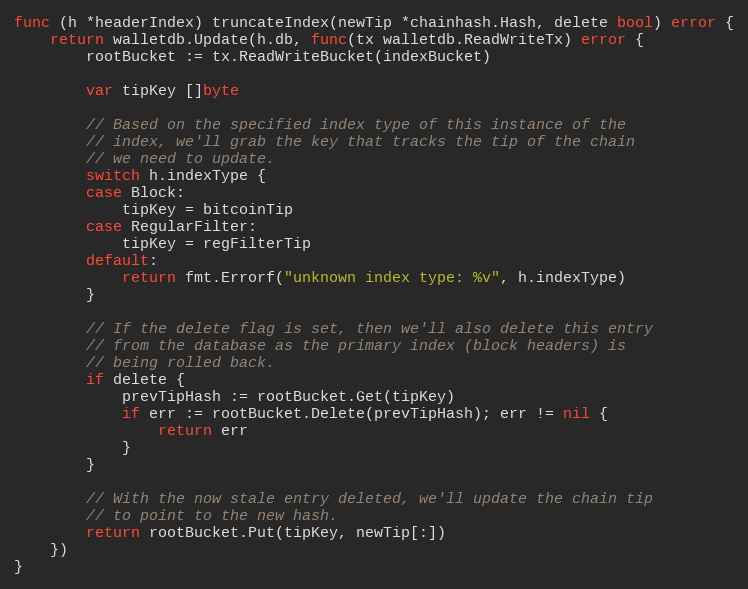
Language: Go
func (h *headerIndex) truncateIndex(newTip *chainhash.Hash, delete bool) error {
	return walletdb.Update(h.db, func(tx walletdb.ReadWriteTx) error {
		rootBucket := tx.ReadWriteBucket(indexBucket)

		var tipKey []byte

		// Based on the specified index type of this instance of the
		// index, we'll grab the key that tracks the tip of the chain
		// we need to update.
		switch h.indexType {
		case Block:
			tipKey = bitcoinTip
		case RegularFilter:
			tipKey = regFilterTip
		default:
			return fmt.Errorf("unknown index type: %v", h.indexType)
		}

		// If the delete flag is set, then we'll also delete this entry
		// from the database as the primary index (block headers) is
		// being rolled back.
		if delete {
			prevTipHash := rootBucket.Get(tipKey)
			if err := rootBucket.Delete(prevTipHash); err != nil {
				return err
			}
		}

		// With the now stale entry deleted, we'll update the chain tip
		// to point to the new hash.
		return rootBucket.Put(tipKey, newTip[:])
	})
}